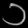
Digit: ၁